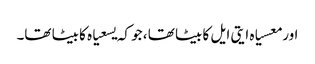
اور معسیاہ ایتی ایل کا بیٹا تھا ، جو کہ یسعیاہ کا بیٹا تھا۔